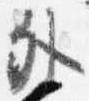
外